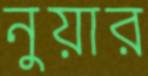
নুয়ার